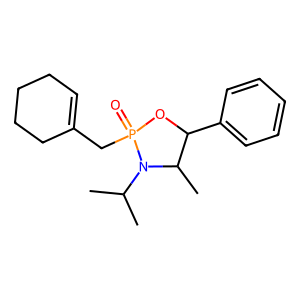
SMILES: CC(C)N1C(C)C(c2ccccc2)OP1(=O)CC1=CCCCC1
Inhibits HIV replication: No